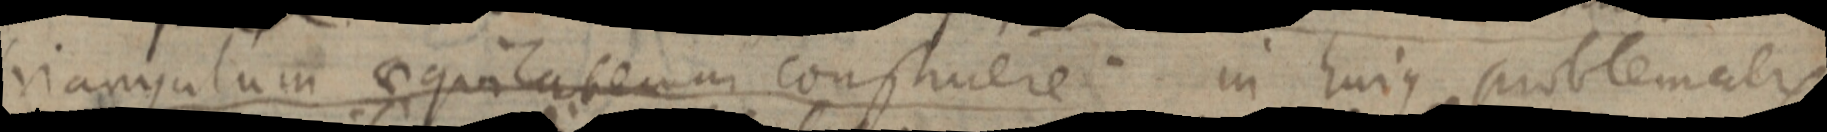
triangulum aequilaterum construere in huius problematis